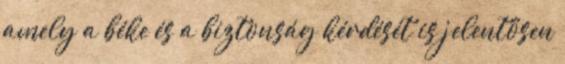
amely a béke és a biztonság kérdését is jelentősen